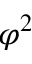
\varphi ^ { 2 }